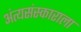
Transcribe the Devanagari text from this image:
अंत्यसंस्काराला